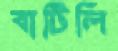
বাটিলি